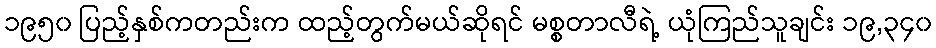
၁၉၅၀ ပြည့်နှစ်ကတည်းက ထည့်တွက်မယ်ဆိုရင် မစ္စတာလီရဲ့ ယုံကြည်သူချင်း ၁၉,၃၄၀